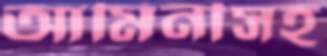
আমিনীসহ